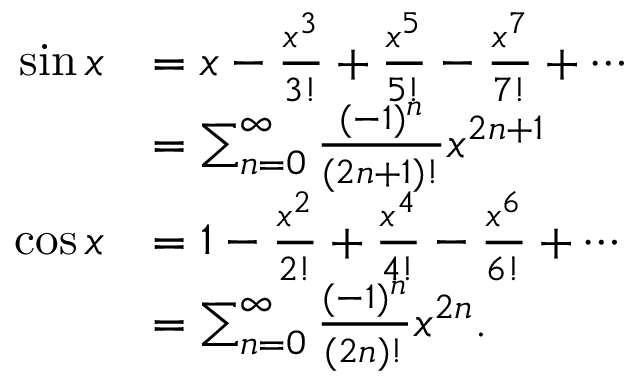
{ \begin{array} { r l } { \sin x } & { = x - { \frac { x ^ { 3 } } { 3 ! } } + { \frac { x ^ { 5 } } { 5 ! } } - { \frac { x ^ { 7 } } { 7 ! } } + \cdots } \\ & { = \sum _ { n = 0 } ^ { \infty } { \frac { ( - 1 ) ^ { n } } { ( 2 n + 1 ) ! } } x ^ { 2 n + 1 } } \\ { \cos x } & { = 1 - { \frac { x ^ { 2 } } { 2 ! } } + { \frac { x ^ { 4 } } { 4 ! } } - { \frac { x ^ { 6 } } { 6 ! } } + \cdots } \\ & { = \sum _ { n = 0 } ^ { \infty } { \frac { ( - 1 ) ^ { n } } { ( 2 n ) ! } } x ^ { 2 n } . } \end{array} }